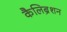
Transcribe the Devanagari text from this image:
कैलिब्रेशन